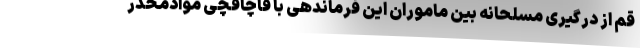
قم از درگیری مسلحانه بین ماموران این فرماندهی با قاچاقچی موادمخدر